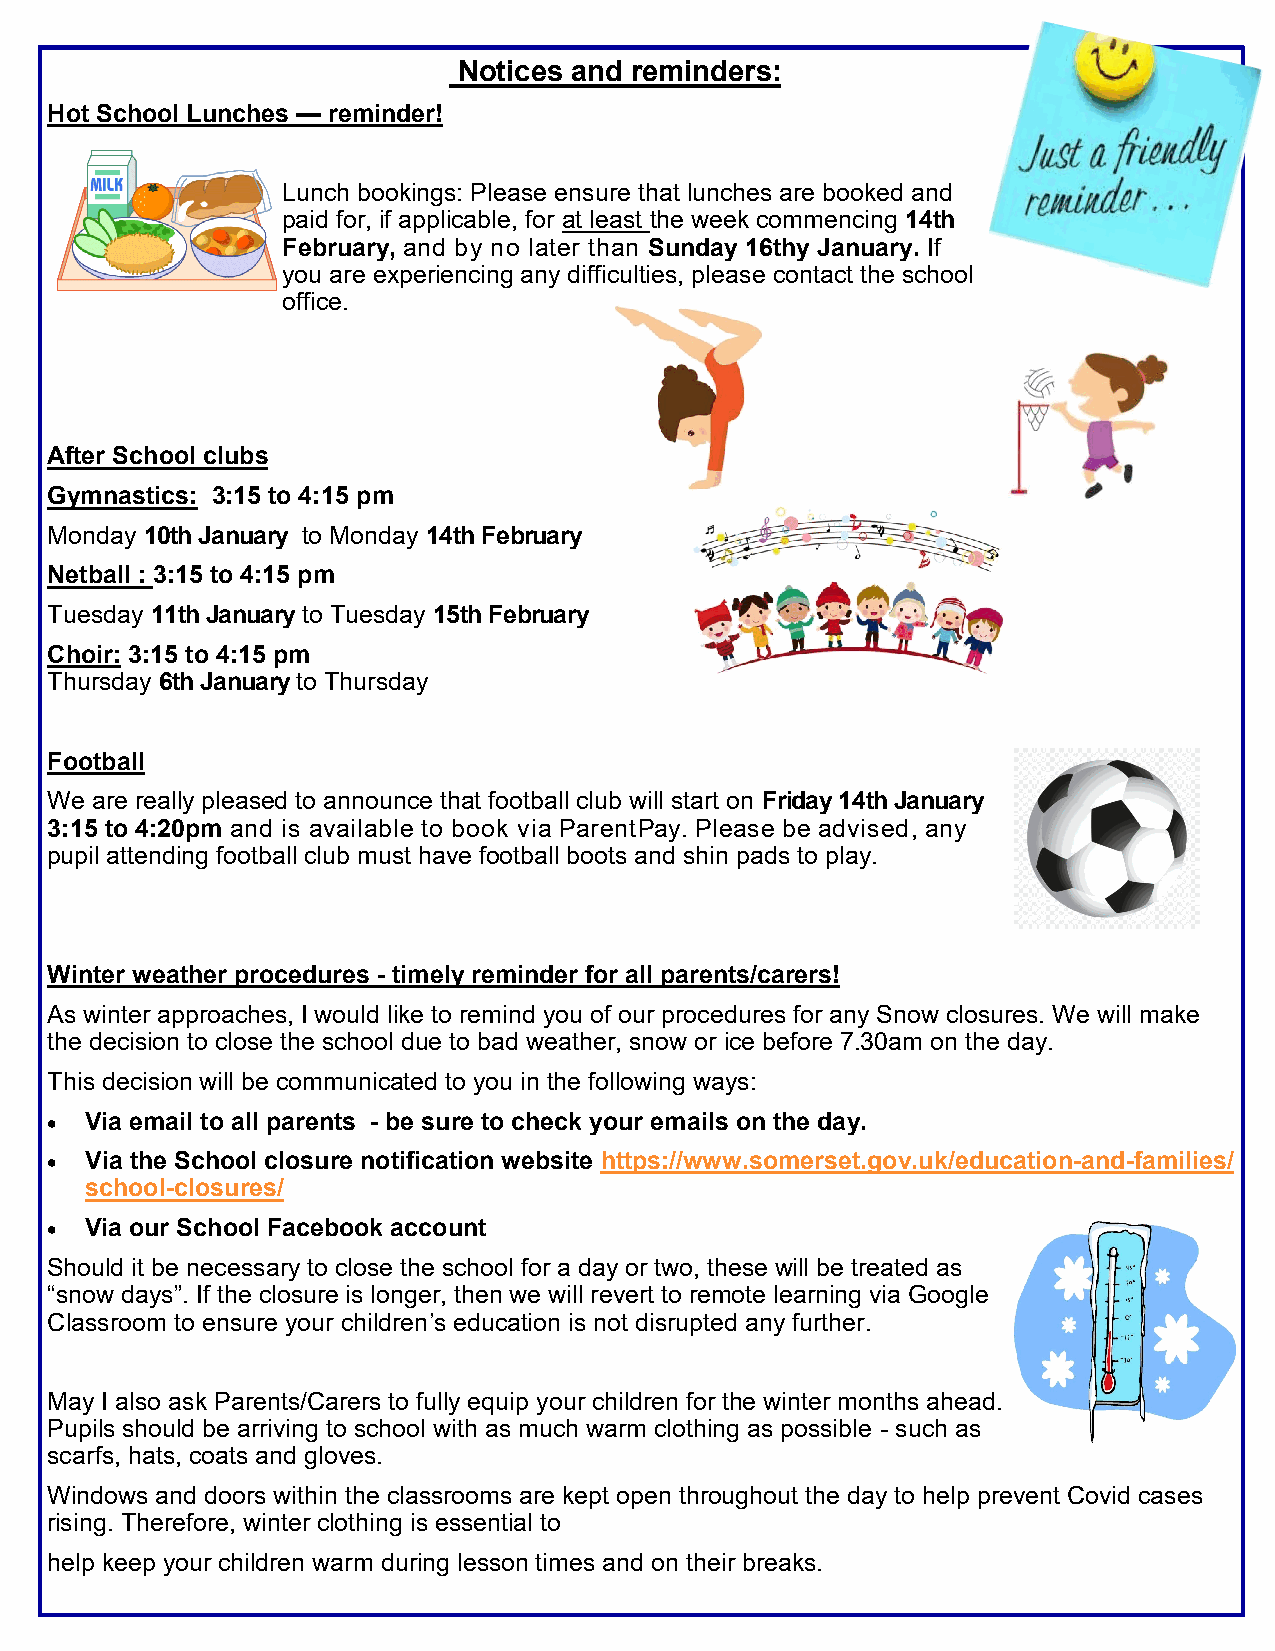
Notices and reminders:
 Hot School Lunches — reminder!
 Lunch bookings: Please ensure that lunches are booked and
 paid for, if applicable, for at least the week commencing 14th
 February, and by no later than Sunday 16thy January. If
 you are experiencing any difficulties, please contact the school
 office.
 After School clubs
 Gymnastics: 3:15 to 4:15 pm
 Monday 10th January to Monday 14th February
 Netball : 3:15 to 4:15 pm
 Tuesday 11th January to Tuesday 15th February
 Choir: 3:15 to 4:15 pm
 Thursday 6th January to Thursday
 Football
 We are really pleased to announce that football club will start on Friday 14th January
 3:15 to 4:20pm and is available to book via ParentPay. Please be advised, any
 pupil attending football club must have football boots and shin pads to play.
 Winter weather procedures - timely reminder for all parents/carers!
 As winter approaches, I would like to remind you of our procedures for any Snow closures. We will make
 the decision to close the school due to bad weather, snow or ice before 7.30am on the day.
 This decision will be communicated to you in the following ways:
   Via email to all parents - be sure to check your emails on the day.
   Via the School closure notification website https://www.somerset.gov.uk/education-and-families/
 school-closures/
   Via our School Facebook account
 Should it be necessary to close the school for a day or two, these will be treated as
 “snow days”. If the closure is longer, then we will revert to remote learning via Google
 Classroom to ensure your children’s education is not disrupted any further.
 May I also ask Parents/Carers to fully equip your children for the winter months ahead.
 Pupils should be arriving to school with as much warm clothing as possible - such as
 scarfs, hats, coats and gloves.
 Windows and doors within the classrooms are kept open throughout the day to help prevent Covid cases
 rising. Therefore, winter clothing is essential to
 help keep your children warm during lesson times and on their breaks.